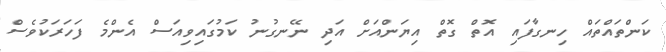
ކަންތައްތައް ހިނގާފައި އޮތް ގޮތް އިޔަންއަށް އަދި ނޭނގުނު ކަމުގައިވިއަސް އެންމެ ފަހަރަކުވެސް